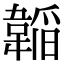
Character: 𮧲